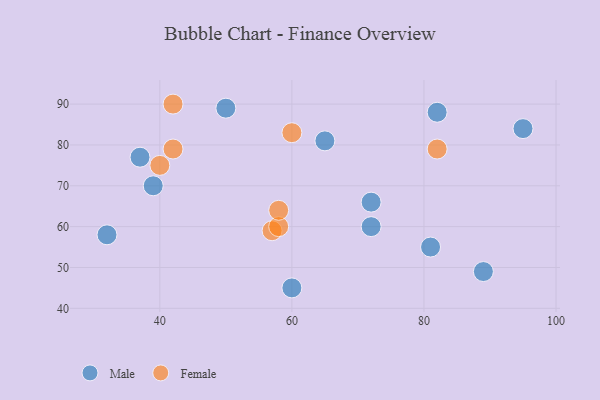
{"axis": {"x": "GDP", "y": "Life Expectancy"}, "legend": ["Female", "Male"], "data": [{"x": "50", "y": 89, "type": "Male"}, {"x": "65", "y": 81, "type": "Male"}, {"x": "60", "y": 45, "type": "Male"}, {"x": "32", "y": 58, "type": "Male"}, {"x": "89", "y": 49, "type": "Male"}, {"x": "39", "y": 70, "type": "Male"}, {"x": "95", "y": 84, "type": "Male"}, {"x": "81", "y": 55, "type": "Male"}, {"x": "37", "y": 77, "type": "Male"}, {"x": "72", "y": 66, "type": "Male"}, {"x": "82", "y": 88, "type": "Male"}, {"x": "72", "y": 60, "type": "Male"}, {"x": "57", "y": 59, "type": "Female"}, {"x": "40", "y": 75, "type": "Female"}, {"x": "82", "y": 79, "type": "Female"}, {"x": "42", "y": 90, "type": "Female"}, {"x": "58", "y": 60, "type": "Female"}, {"x": "60", "y": 83, "type": "Female"}, {"x": "42", "y": 79, "type": "Female"}, {"x": "58", "y": 64, "type": "Female"}]}